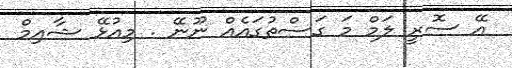
އޭ ސޮރީ ލަމް މަ ގަސްތުގައެއް ނޫނޭ . މިއުޅޭ ޝާއިމް